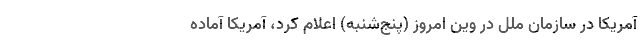
آمریکا در سازمان ملل در وین امروز (پنج‌شنبه) اعلام کرد، آمریکا آماده